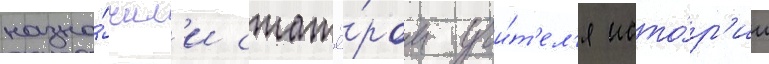
назна́чил'и стажё́ром учи́т'ел'я исто́р'ии